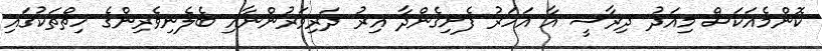
ކޮންމެއަކަސް މިއަދު ދިރާސީ އާ އަހަރު ފެށިގެންދާ އިރު ދަރިވަރުންނާއި ބެލެނިވެރިންގެ ހިތްތަކުގައި